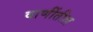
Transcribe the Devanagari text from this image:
वाणींतील